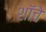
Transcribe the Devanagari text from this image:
शॉचे